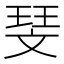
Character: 𪯥